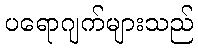
ပရောဂျက်များသည်